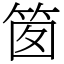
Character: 䇱